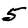
Digit: 5